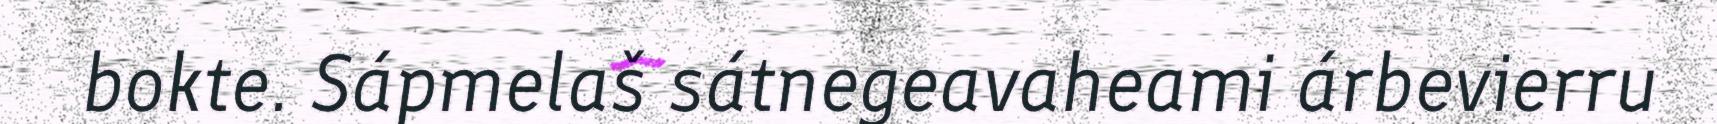
bokte. Sápmelaš sátnegeavaheami árbevierru